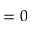
= 0